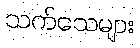
သက်သေများ